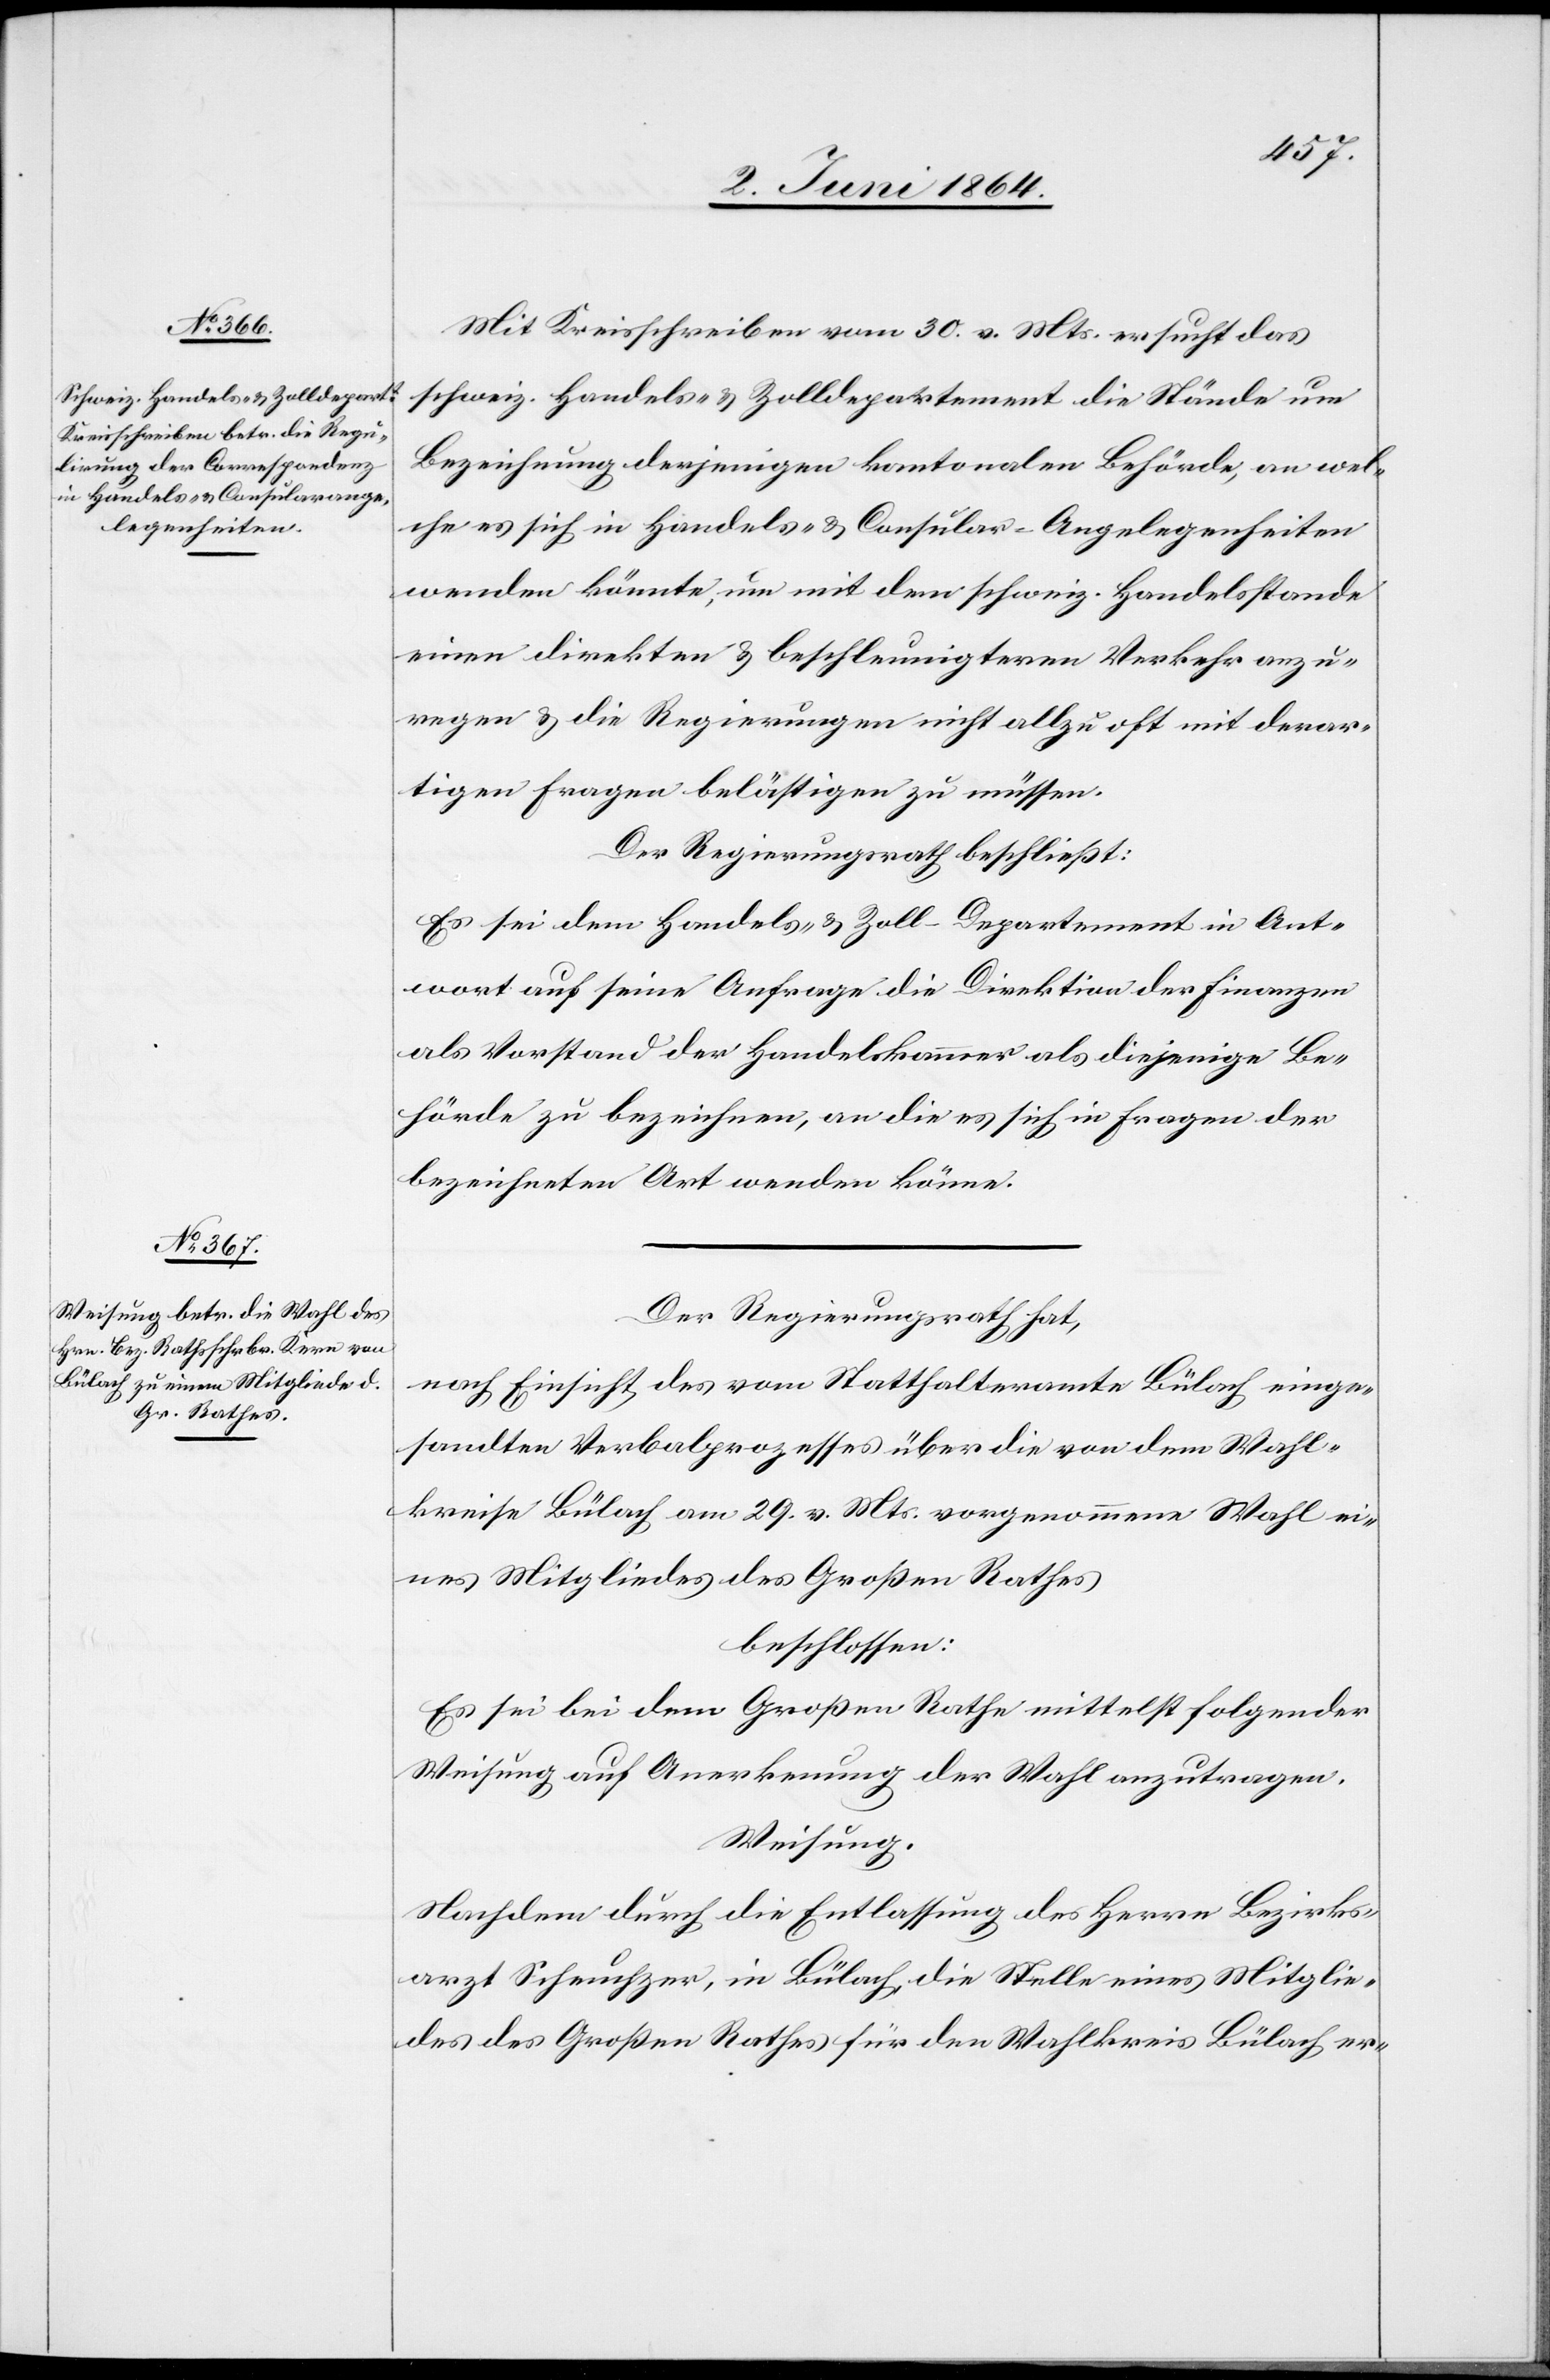
Mit Kreisschreiben vom 30. v. Mts. ersucht das
schweiz. Handels- u. Zolldepartement die Stände um
Bezeichnung derjenigen kantonalen Behörde, an wel¬
che es sich in Handels- u. Consular-Angelegenheiten
wenden könnte, um mit dem schweiz. Handelsstande
einen direkten u. beschleunigteren Verkehr anzu¬
regen u. die Regierungen nicht allzu oft mit derar¬
tigen Fragen belästigen zu müssen.
Der Regierungsrath beschließt:
Es sei dem Handels- u. Zoll-Departement in Ant¬
wort auf seine Anfrage die Direktion der Finanzen
als Vorstand der Handelskammer als diejenige Be¬
hörde zu bezeichnen, an die es sich in Fragen der
bezeichneten Art wenden könne.
Der Regierungsrath hat,
nach Einsicht des vom Statthalteramte Bülach einge¬
sandten Verbalprozesses über die von dem Wahl¬
kreise Bülach am 20. v. Mts. vorgenommene Wahl ei¬
nes Mitgliedes des Großen Rathes
beschlossen:
Es sei bei dem Großen Rathe mittelst folgender
Weisung auf Anerkennung der Wahl anzutragen.
Weisung.
Nachdem durch die Entlassung des Herrn Bezirks¬
arzt Scheuchzer, in Bülach, die Stelle eines Mitglie¬
des des Großen Rathes für den Wahlkreis Bülach er-